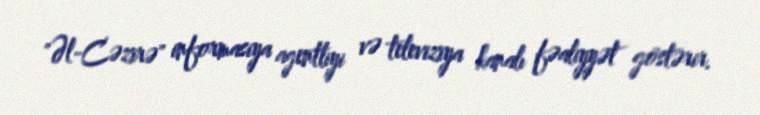
"Əl-Cəzirə" informasiya agentliyi və televiziya kanalı fəaliyyət göstərir.